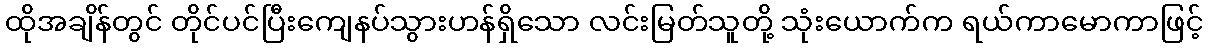
ထိုအချိန်တွင် တိုင်ပင်ပြီးကျေနပ်သွားဟန်ရှိသော လင်းမြတ်သူတို့ သုံးယောက်က ရယ်ကာမောကာဖြင့်